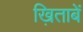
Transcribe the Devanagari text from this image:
ख़िताबें